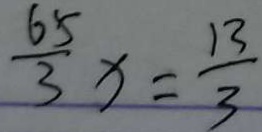
\frac { 6 5 } { 3 } x = \frac { 1 3 } { 3 }